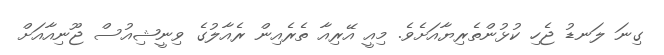
ގިނަ ލަނޑު ޖެހި ކުޅުންތެރިޔާއަށެވެ. މިއީ އޭރިއާ ތެރެއިން ރެއާލުގެ ވިނީޝިއުސް ޖޫނިއާއަށް